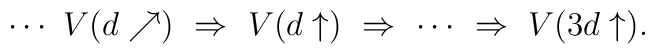
\cdots \,\, V(d\nearrow)\,\,\Rightarrow \,\,V(d\uparrow)\,\,\Rightarrow \,\,\cdots \,\,\Rightarrow \,\, V(3d\uparrow).